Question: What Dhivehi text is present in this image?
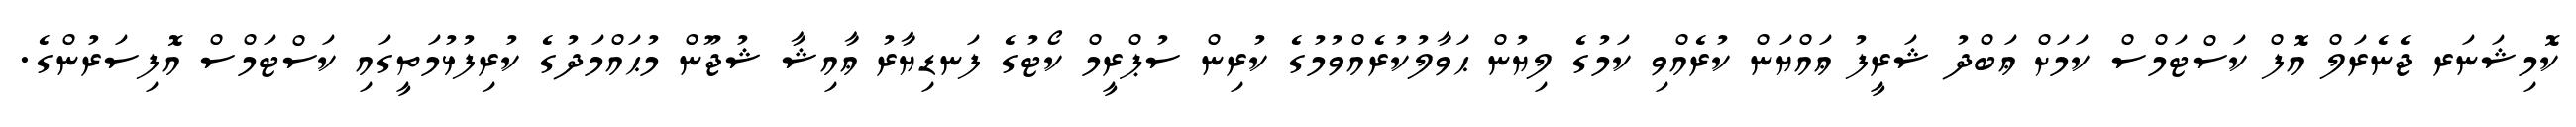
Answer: ކޮމިޝަނަރ ޖެނެރަލް އޮފް ކަސްޓަމްސް ކަމަށް ޢަބްދު ޝަރީފު ޢައްޔަން ކުރެއްވި ކަމުގެ ލިޔުން ޙަވާލުކުރެއްވުމުގެ ކުރިން ސުޕްރީމް ކޯޓުގެ ފަނޑިޔާރު ޢާއިޝާ ޝުޖޫން މުޙައްމަދުގެ ކުރިފުޅުމަތީގައި ކަސްޓަމްސް އޮފިސަރުންގެ.